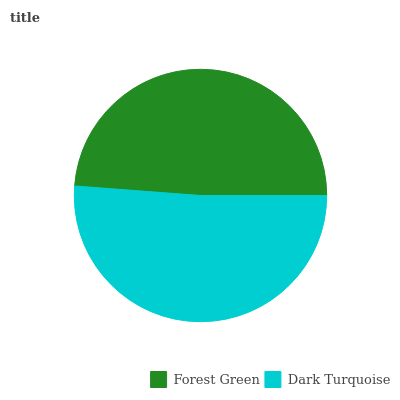
| Forest Green | Dark Turquoise |
 | --- | --- |
 | 48.8% | 51.2% |